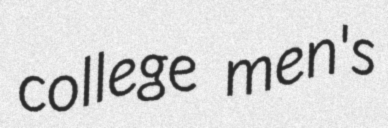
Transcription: college men's